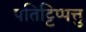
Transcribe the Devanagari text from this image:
पतिट्टिप्पत्तु